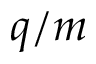
q / m